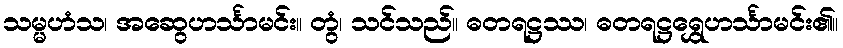
သမ္မဟံသ၊ အဆွေဟင်္သာမင်း။ တွံ၊ သင်သည်။ ဓတရဋ္ဌဿ၊ ဓတရဋ္ဌရွှေဟင်္သာမင်း၏။